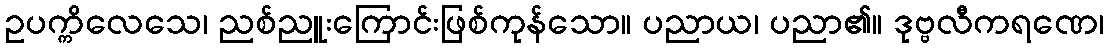
ဥပက္ကိလေသေ၊ ညစ်ညူးကြောင်းဖြစ်ကုန်သော။ ပညာယ၊ ပညာ၏။ ဒုဗ္ဗလီကရဏေ၊